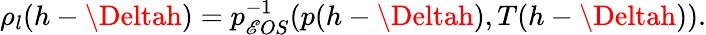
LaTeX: \rho_{l}(h-\Deltah)=p_{\mathscr{E}OS}^{-1}(p(h-\Deltah),T(h-\Deltah)).